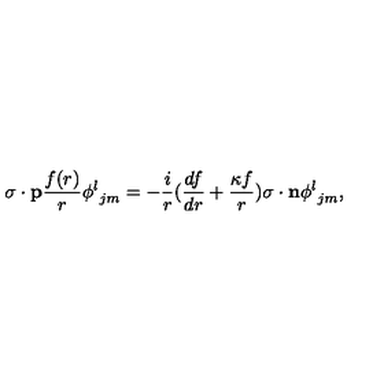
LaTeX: { { \mathrm { \boldmath \sigma } } \cdot { \bf p } } { \frac { f ( r ) } { r } } { \phi ^ { l } } _ { j m } = - { \frac { i } { r } } ( { \frac { d f } { d r } } + { \frac { \kappa f } { r } } ) { { \mathrm { \boldmath \sigma } } \cdot { \bf n } } { \phi ^ { l } } _ { j m } ,